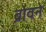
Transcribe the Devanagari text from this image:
ब्रोवने